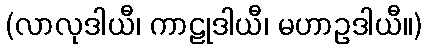
(လာလုဒါယီ၊ ကာဠုဒါယီ၊ မဟာဥဒါယီ။)